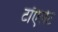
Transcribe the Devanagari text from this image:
टॉएलेट